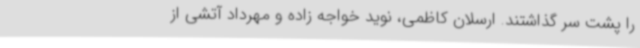
را پشت سر گذاشتند. ارسلان کاظمی، نوید خواجه زاده و مهرداد آتشی از